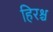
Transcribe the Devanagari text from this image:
हिरश्च